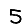
Digit: 5